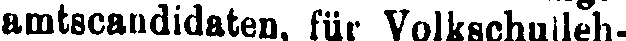
amtscandidaten, für Volkschulleh-